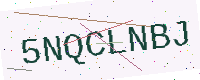
Text: 5NQCLNBJ